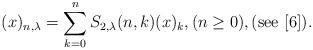
LaTeX: \begin{align*}(x)_{n,\lambda}=\sum_{k=0}^{n}S_{2,\lambda}(n,k)(x)_{k},(n\ge 0),(\mathrm{see}\ [6]).\end{align*}